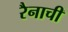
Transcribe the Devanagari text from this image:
रैनाची